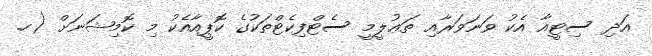
އަދި ސިޓީއާ އެކު ވަނަވަރާއި ތަޢުލީމީ ސެޓްފިކެޓްތަކުގެ ކޮޕީއާއެކު މި ކޮމިޝަނަށް (ހ.